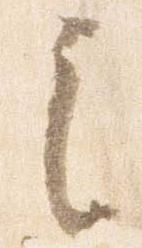
之